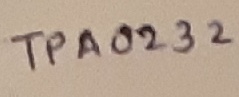
Text: TPA0232